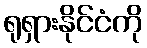
ရုရှားနိုင်ငံကို